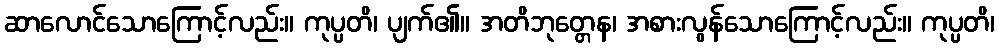
ဆာလောင်သောကြောင့်လည်း။ ကုပ္ပတိ၊ ပျက်၏။ အတိဘုတ္တေန၊ အစားလွန်သောကြောင့်လည်း။ ကုပ္ပတိ၊